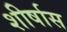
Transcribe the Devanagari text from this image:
शीर्षास